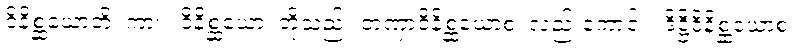
ဝိနိစ္ဆယောတိ၊ ကား။ ဝိနိစ္ဆယော၊ တို့သည်။ တဏှာဝိနိစ္ဆယောစ၊ လည်းကောင်း။ ဒိဋ္ဌိဝိနိစ္ဆယောစ၊